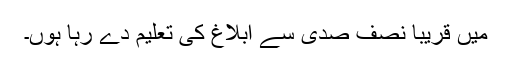
میں قریباً نصف صدی سے ابلاغ کی تعلیم دے رہا ہوں۔